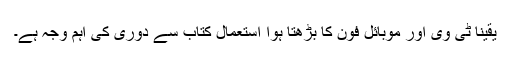
یقیناً ٹی وی اور موبائل فون کا بڑھتا ہوا استعمال کتاب سے دوری کی اہم وجہ ہے۔